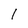
Character: l